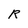
Character: R